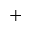
^ { + }